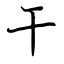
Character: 干